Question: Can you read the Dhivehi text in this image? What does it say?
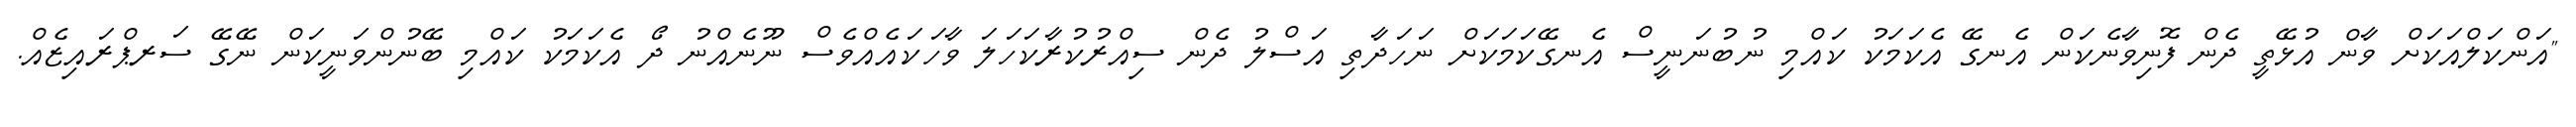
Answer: "އަންކަލްއަކަށް ވާން އުޅޭތީ ދެން ފޮނިވާނެކަން އެނގޭ އެކަމަކު ކައްމި ނުބުނަނީސް އެނގޭކަމަކަށް ނަހަދާތި އަސްލު ދެން ސިއްރުކުރާކަހަލަ ވާހަކައެއްވެސް ނޫނެއްނު ދޯ އެކަމަކު ކައްމި ބޭނުންވަނީކަން ނޭގޭ ސަރޕްރައިޒެއް.